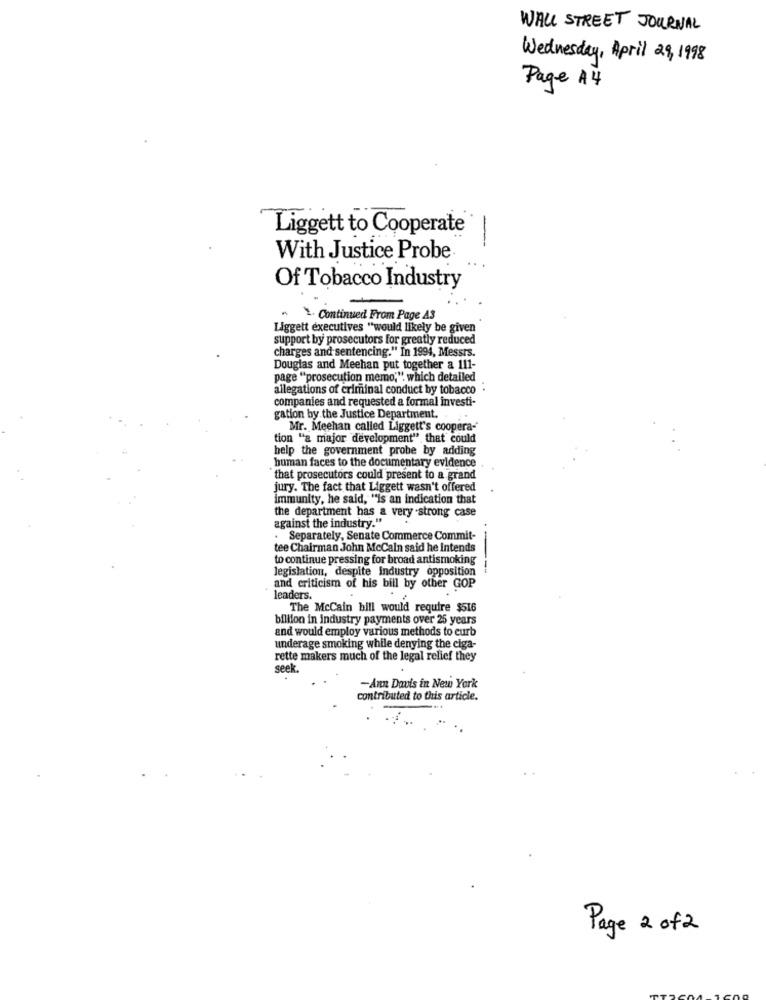
WALL STREET JOURNAL
Wednesday, April 29, 1998
Page A4
Liggett to Cooperate
-
With Justice Probe.
Of Tobacco Industry
Continued From Page A3
Liggett executives "would likely be given
support by prosecutors for greatly reduced
charges and sentencing." In 1994, Messrs.
Douglas and Meehan put together a 111-
page "prosecution memo," which detailed
allegations of criminal conduct by tobacco .
companies and requested a formal investi-
gation by the Justice Department ..
Mr. Meehan called Liggett's coopera-
tion "a major development" that could
help the government probe by adding
buman faces to the documentary evidence
that prosecutors could present to a grand
jury. The fact that Liggett wasn't offered
immunity, he said, "is an indication that
the department has a very strong case
against the industry."
Separately, Senate Commerce Commit-
tee Chairman John McCain said he Intends
to continue pressing for broad antismoking
legislation, despite industry opposition
and criticism of his bill by other GOP
leaders.
The McCain bill would require $516
billion in Industry payments over 25 years
and would employ various methods to curb
underage smoking while denying the ciga-
rette makers much of the legal relief they
seek.
-Ann Davis in New York
contributed to this article.
Page 2 of 2